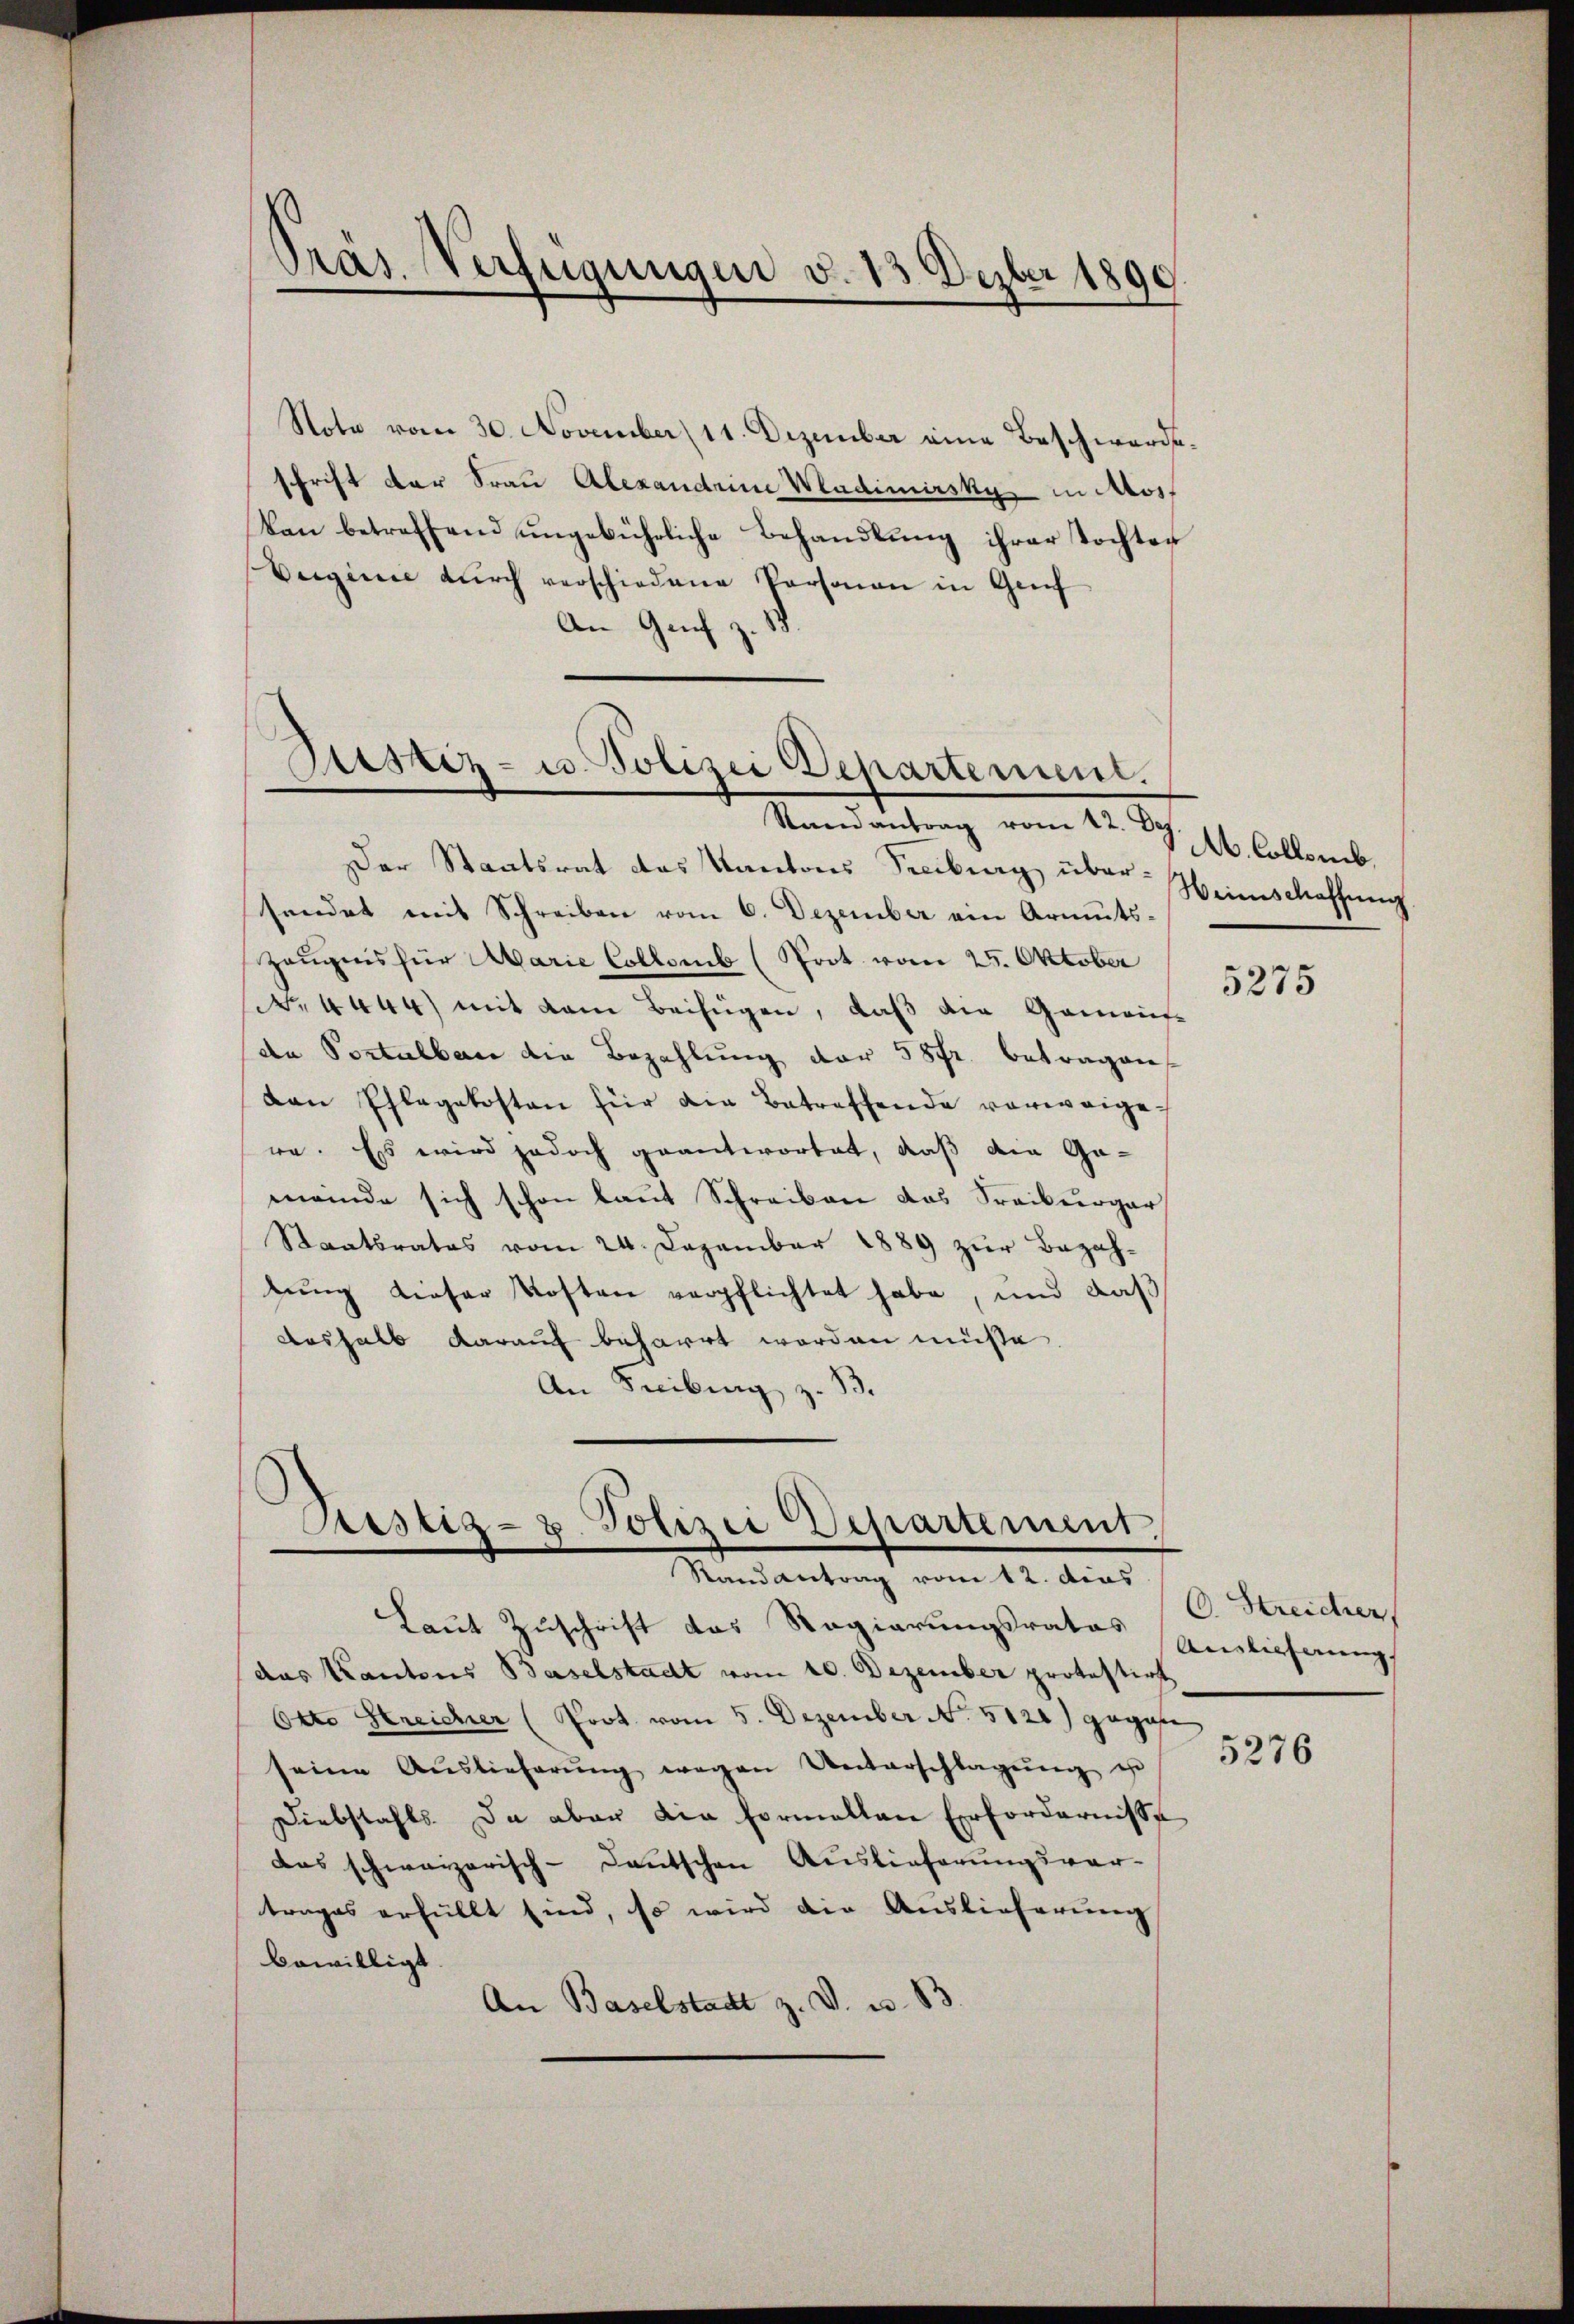
¬
Präs. Verfügungen d. 13. Dezber 1890.

Note vom 30. November 11. Dezember eine Beschwerde.
schrift der Frau Alexandene Wladimirsky in Mos
kan betreffend ungebührliche Behandlung ihrer Tochter
Veginne durch verschiedene Personen in Genf
An Geh

Sistiz- u. Polizei Departement.

Sistig- u. Polizei Departement,
Randantrag vom 12. dies

Laut Zuschrift das Regierungsrates
das Kantons Baselstadt vom 10. Dezember protestirt
Otto Streicher (Prot. vom 5. Dezember No. 5120) gegebe
seine Auslieferŭng wegen Unterschlagŭng e
Diebstahls. Da aber die formellen Erfordernisse
das schweizerisch-deutschen Auslieferungsver-
trages erfüllt sind, so wird die Auslieferung
bewilligt
An Baselstadt z. V. u. 83.

Randantrag vom 12. Dez.
Der Staatsrat das Kantons Freiburg über Weinschaffung
sendet mit Schreiben vom 6. Dezember ein Armuts-
Zeugnis für Marie Collomb (Prot vom 25. Oktober
No. 4444) mit dem Beifügen, daß die Gemein-
de Postulbar die Bezahlung der 58fr. betragen
dan Pflegekosten für die Betreffende vorweige
re. Es wird jedoch geantwortet, daß die Ge-
meinde sich schon laut Schreiben das Freiburger
Staatsrates vom 24. Dezember 1889 zur Bezah-
tung dieser Kosten verpflichtet habe, und daß
deshalb darauf beharrt worden müße
An Freibung z. B.

A. Collemb.

5275

C. Streicher,
Ainlicherung

5276